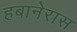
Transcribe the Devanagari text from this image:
हबानेरास